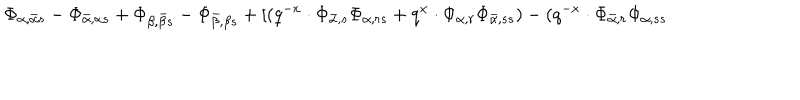
\Phi _ { \alpha , \bar { \alpha } s } - \Phi _ { \bar { \alpha } , \alpha s } + \Phi _ { \beta , \bar { \beta } s } - \Phi _ { \bar { \beta } , \beta s } + [ ( q ^ { - x } \cdot \Phi _ { \bar { \alpha } , s } \Phi _ { \alpha , r s } + q ^ { x } \cdot \Phi _ { \alpha , r } \Phi _ { \bar { \alpha } , s s } ) - ( q ^ { - x } \cdot \Phi _ { \bar { \alpha } , r } \Phi _ { \alpha , s s }